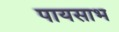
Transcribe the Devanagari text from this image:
पायसाभ